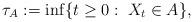
LaTeX: \begin{align*}\tau_A:=\inf\{t\geq 0:\;X_t\in A\},\end{align*}